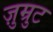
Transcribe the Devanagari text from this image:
ज़ुम्रुट